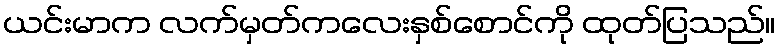
ယင်းမာက လက်မှတ်ကလေးနှစ်စောင်ကို ထုတ်ပြသည်။